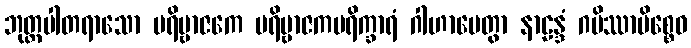
ဘုတ္တပါတရာသော ပရိဗ္ဗာဇကေ ပရိဗ္ဗာဇကပရိက္ခာရံ ဂါဟာပေတွာ နာဠန္ဒံ ဂမိဿာမိစ္စေဝ